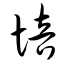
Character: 培